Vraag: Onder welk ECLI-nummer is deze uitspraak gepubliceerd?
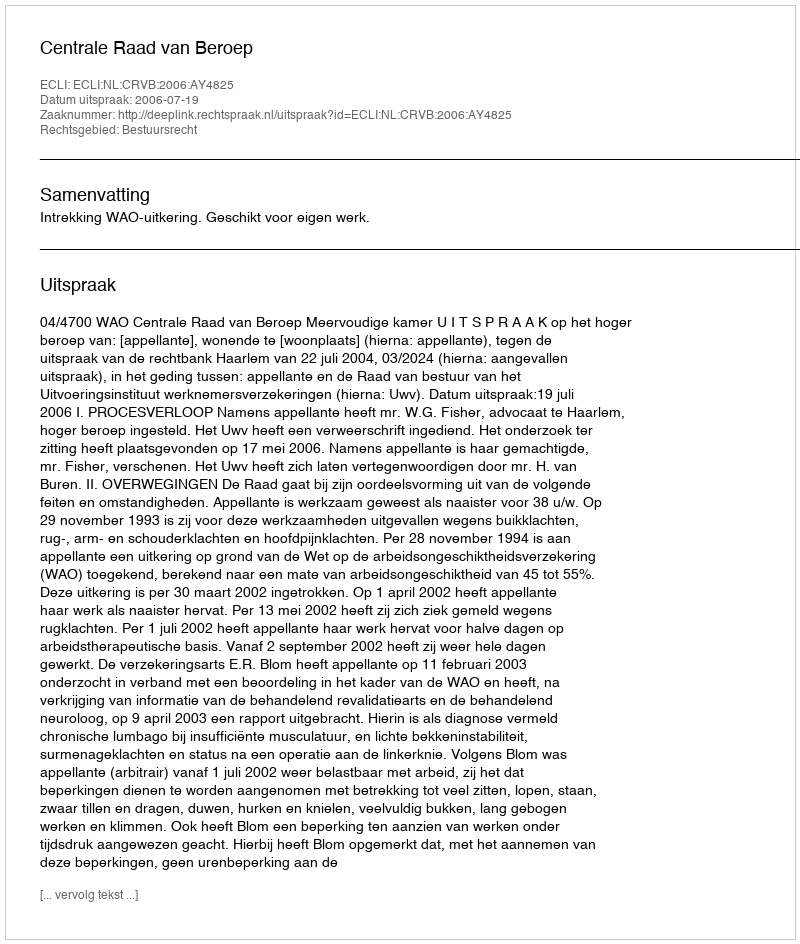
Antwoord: ECLI:NL:CRVB:2006:AY4825